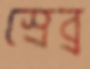
স্রেব্র